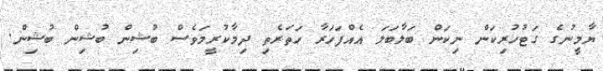
ޔާމީނުގެ ގަޓުހުރިކަން ނިކަން ބަލާބަލަ އެއްފަހަރާ ހަތަރެތި ދިމާކުރީމަވެސް ބުޝިން ބުޝިން ބުޝިން.